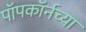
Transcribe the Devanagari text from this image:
पॉपकॉर्नच्या